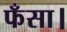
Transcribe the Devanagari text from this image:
फँसा।